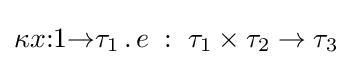
\kappa x{:}1{\to }\tau _{1}\,.\,e\;:\;\tau _{1}\times \tau _{2}\to \tau _{3}